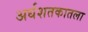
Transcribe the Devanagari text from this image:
अर्धशतकातला